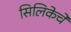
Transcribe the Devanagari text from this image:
सिलिकेचे